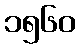
၁၅၆၀